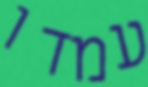
עמדו